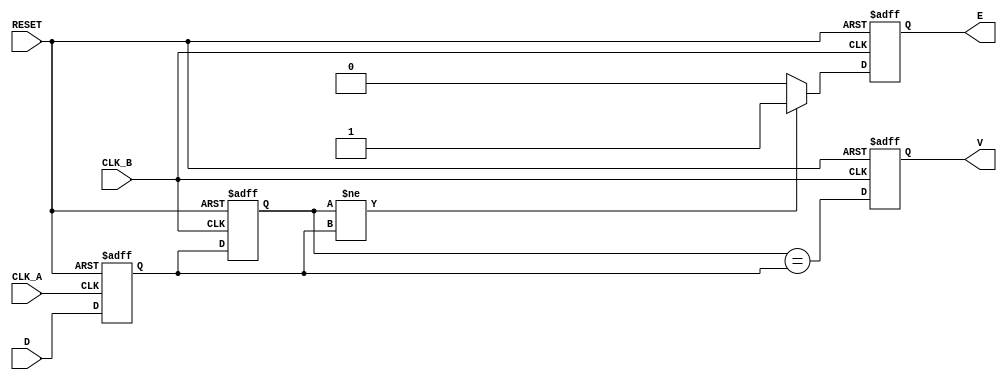
module cdc_detector (
    input wire D,          // Asynchronous data signal
    input wire CLK_A,     // Clock for the originating domain
    input wire CLK_B,     // Clock for the receiving domain
    input wire RESET,     // Reset signal
    output reg V,         // Valid signal
    output reg E          // Error signal
);

    // Internal signals
    reg D_sampled_A;      // Sampled data signal in domain A
    reg D_sampled_B;      // Sampled data signal in domain B

    // Flip-flop to sample D in clock domain A
    always @(posedge CLK_A or posedge RESET) begin
        if (RESET) begin
            D_sampled_A <= 1'b0;
        end else begin
            D_sampled_A <= D;
        end
    end

    // Flip-flop to sample D_sampled_A in clock domain B
    always @(posedge CLK_B or posedge RESET) begin
        if (RESET) begin
            D_sampled_B <= 1'b0;
            V <= 1'b0;
            E <= 1'b0;
        end else begin
            D_sampled_B <= D_sampled_A;

            // Valid signal: indicates the sampled value is stable
            V <= (D_sampled_B == D_sampled_A);

            // Error signal: indicates a change in the sampled value
            if (D_sampled_B != D_sampled_A) begin
                E <= 1'b1; // Set error signal if there's a transition
            end else begin
                E <= 1'b0; // Clear error signal if stable
            end
        end
    end

endmodule